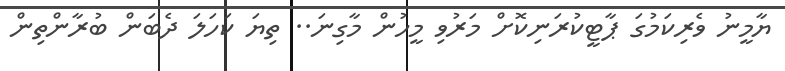
ޔާމީނު ވެރިކަމުގަ ޕާޓީކުރަނިކޮށް މަރުވި މީހުން މާގިނަ.. ތިޔަ ކަހަލަ ދެބަން ބުރާންތިން